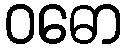
ဝဓော